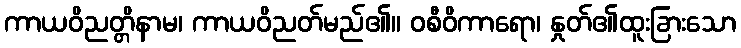
ကာယဝိညတ္တိနာမ၊ ကာယဝိညတ်မည်၏။ ဝစီဝိကာရော၊ နှုတ်၏ထူးခြားသော